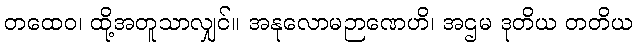
တထေဝ၊ ထို့အတူသာလျှင်။ အနုလောမဉာဏေဟိ၊ အဌမ ဒုတိယ တတိယ